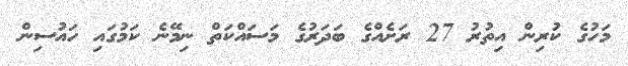
މަހުގެ ކުރިން އިތުރު 27 ރަަށެއްގެ ބަދަރުގެ މަސައްކަތް ނިމޭނެ ކަމުގައި ހައުސިން